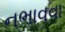
નભાવવા